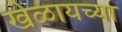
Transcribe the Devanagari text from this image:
खेळायच्या